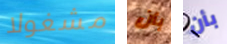
مشغولا بأن بأن